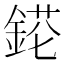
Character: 𨨉